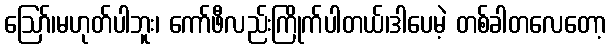
ဪ၊မဟုတ်ပါဘူး၊ ကော်ဖီလည်းကြိုက်ပါတယ်၊ဒါပေမဲ့ တစ်ခါတလေတော့